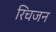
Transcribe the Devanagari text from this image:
रिचजन